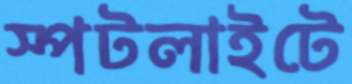
স্পটলাইটে